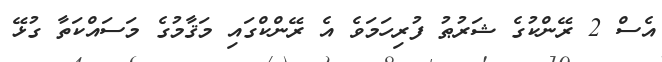
އެސް 2 ރޭންކުގެ ޝަރުޠު ފުރިހަމަވެ އެ ރޭންކްގައި މަޤާމުގެ މަސައްކަތާ ގުޅޭ